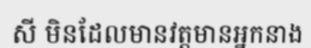
សី មិនដែលមានវត្តមានអ្នកនាង